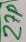
Text: 27P